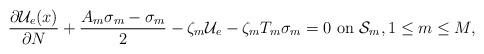
LaTeX: \begin{align*}\frac{\partial \mathcal{U}_e(x)}{\partial N} + \frac{A_m\sigma_m -\sigma_m}{2} - \zeta_m\mathcal{U}_e - \zeta_mT_m\sigma_m = 0 \textrm{ on }\mathcal{S}_m,1 \leq m \leq M, \end{align*}